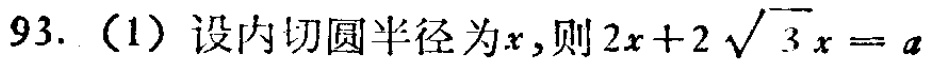
93.（1）设内切圆半径为\(x\)，则\(2x + 2\sqrt{3}x = a\)